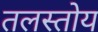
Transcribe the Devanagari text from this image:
तलस्तोय